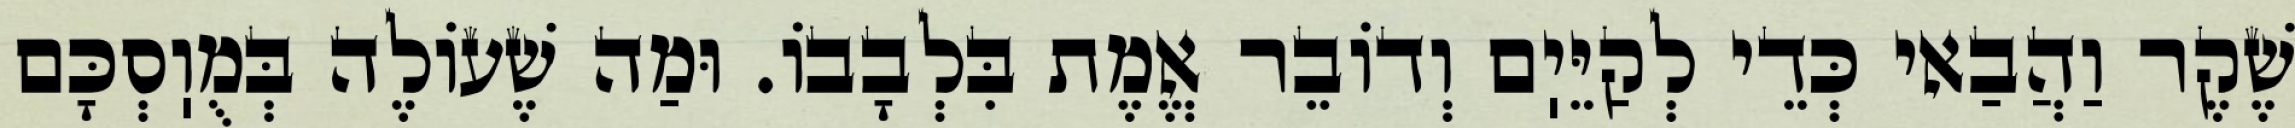
שֶׁקֶר וַהֲבַאי כְּדֵי לְקַיֵּיֽם וְדוֹבֵר אֱמֶת בִּלְבָבוֹ. וּמַה שֶׁעוֹלֶה בְּמֻוֽסְכָּם